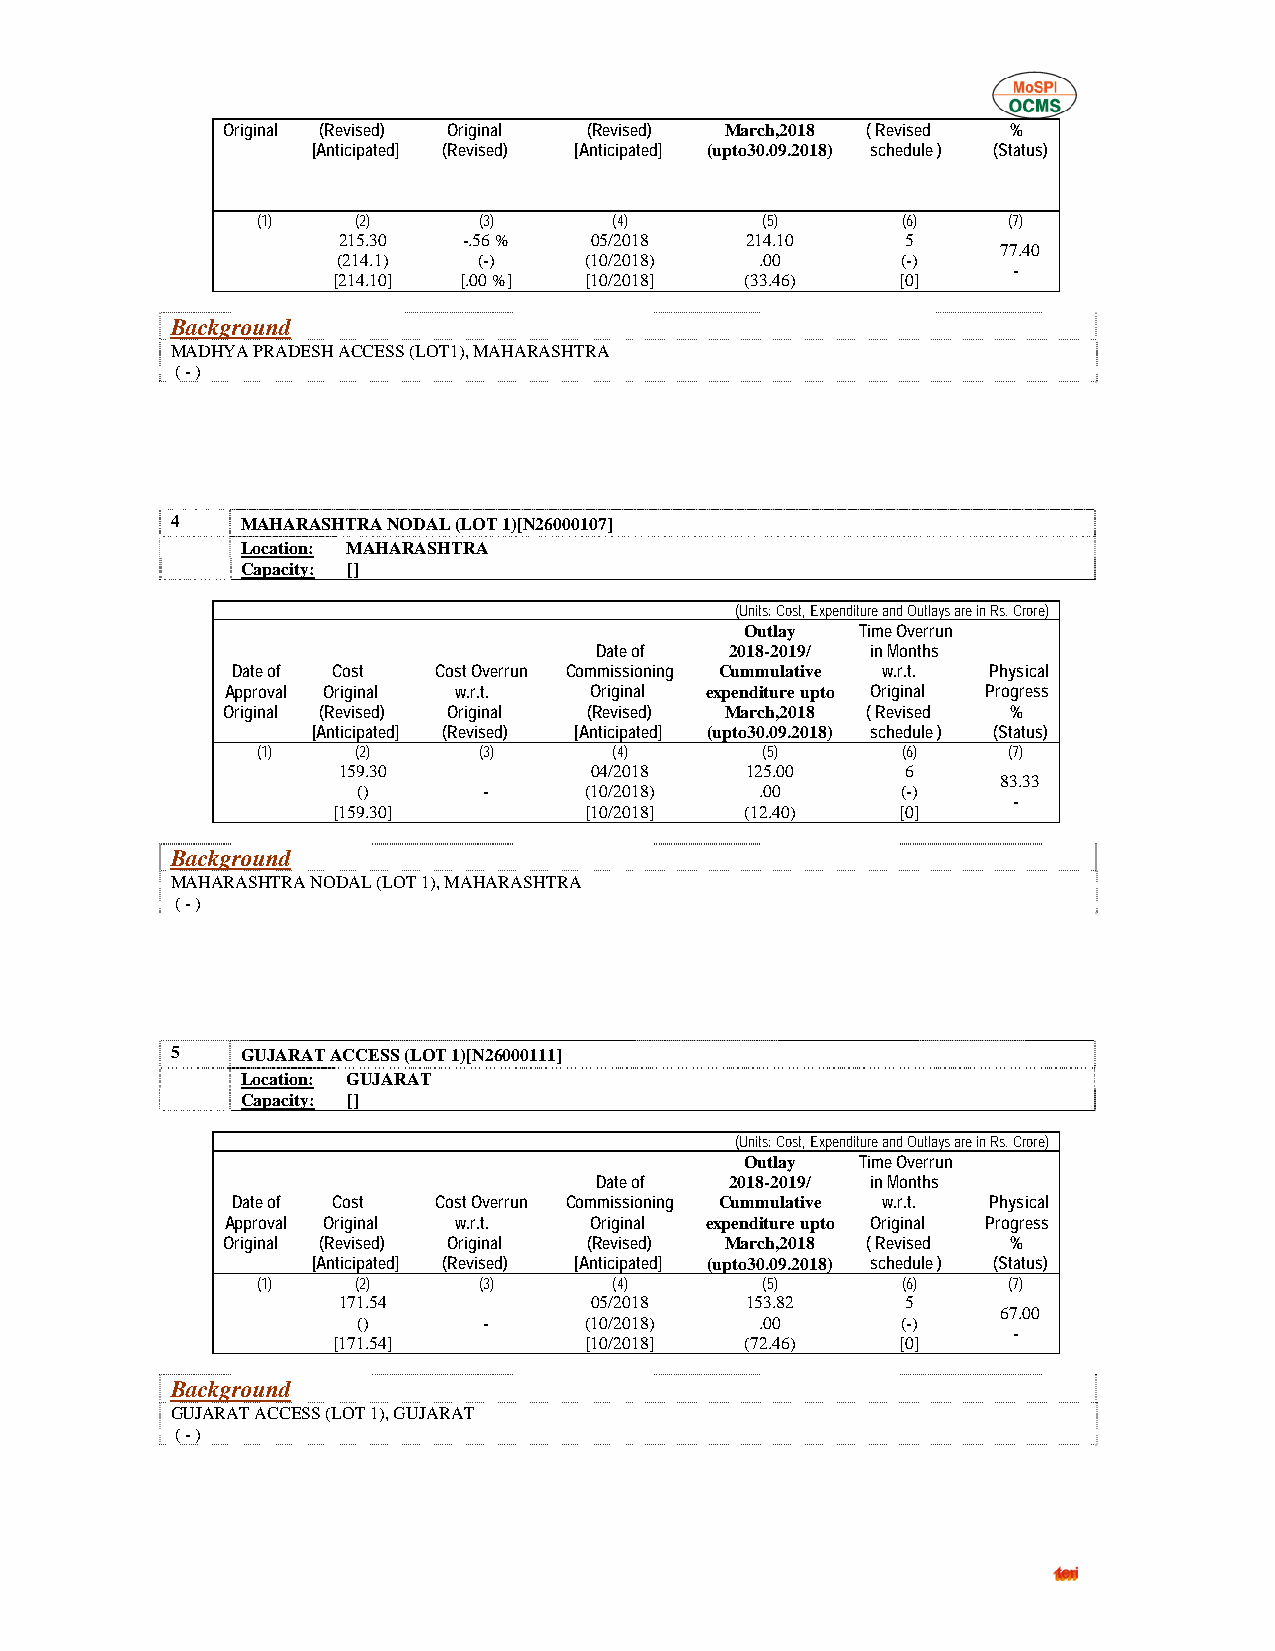
Original (Revised) Original (Revised) March,2018 ( Revised %
 [Anticipated] (Revised) [Anticipated] (upto30.09.2018) schedule ) (Status)
 (1)    (2)     (3)      (4)      (5)       (6)    (7)
 215.30   -.56 %  05/2018   214.10     5
 77.40
 (214.1)   (-)    (10/2018)  .00       (-)
 -
 [214.10] [.00 %] [10/2018] (33.46)    [0]
 Background
 MADHYA PRADESH ACCESS (LOT1), MAHARASHTRA
 ( - )
 4    MAHARASHTRA NODAL (LOT 1)[N26000107]
 Location: MAHARASHTRA
 Capacity: []
 (Units: Cost, Expenditure and Outlays are in Rs. Crore)
 Outlay  Time Overrun
 Date of  2018-2019/ in Months
 Date of Cost  Cost Overrun Commissioning Cummulative w.r.t. Physical
 Approval Original w.r.t. Original expenditure upto Original Progress
 Original (Revised) Original (Revised) March,2018 ( Revised %
 [Anticipated] (Revised) [Anticipated] (upto30.09.2018) schedule ) (Status)
 (1)    (2)     (3)      (4)      (5)       (6)    (7)
 159.30           04/2018   125.00     6
 83.33
 ()      -      (10/2018)  .00       (-)
 -
 [159.30]         [10/2018] (12.40)    [0]
 Background
 MAHARASHTRA NODAL (LOT 1), MAHARASHTRA
 ( - )
 5    GUJARAT ACCESS (LOT 1)[N26000111]
 Location: GUJARAT
 Capacity: []
 (Units: Cost, Expenditure and Outlays are in Rs. Crore)
 Outlay  Time Overrun
 Date of  2018-2019/ in Months
 Date of Cost  Cost Overrun Commissioning Cummulative w.r.t. Physical
 Approval Original w.r.t. Original expenditure upto Original Progress
 Original (Revised) Original (Revised) March,2018 ( Revised %
 [Anticipated] (Revised) [Anticipated] (upto30.09.2018) schedule ) (Status)
 (1)    (2)     (3)      (4)      (5)       (6)    (7)
 171.54           05/2018   153.82     5
 67.00
 ()      -      (10/2018)  .00       (-)
 -
 [171.54]         [10/2018] (72.46)    [0]
 Background
 GUJARAT ACCESS (LOT 1), GUJARAT
 ( - )